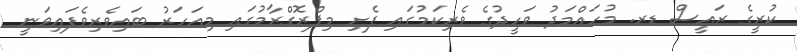
ކުރީގެ ރައީސް ޑރ. މުހައްމަދު ވަހީދުގެ ވެރިކަމުގައި ފެށި މިޕްރޮގްރާމުގައި މިއަހަރު ބައިވެރިވެފައިވަނީ